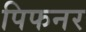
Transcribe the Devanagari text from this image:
पिफनर